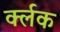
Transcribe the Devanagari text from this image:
र्क्लक